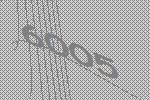
6005